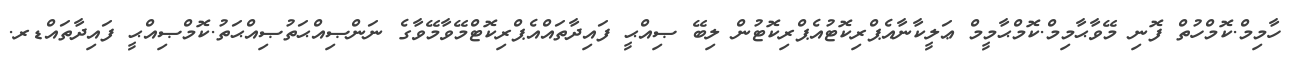
ހާމިމް.ކޮމްހުތް ފޮނި މޭވާޙާމިމް.ކޮމްޙާމީމް ޢަލީކާނާއެޕްރިކޮޓުއެޕްރިކޮޓުން ލިބޭ ޞިއްޙީ ފައިދާތައްއެޕްރިކޮޓްމޭވާމޭވާގެ ނަންޞިއްޙަތުޞިއްޙަތު.ކޮމްޞިއްޙީ ފައިދާތައްޑރ.